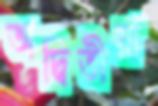
অদ্বিতীয়া